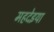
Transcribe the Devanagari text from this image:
महदेइया